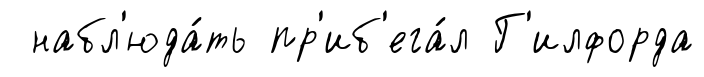
набл'юда́ть пр'иб'ега́л Г'илфорда